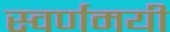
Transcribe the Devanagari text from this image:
स्‍वर्णमयी